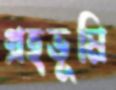
গ্রহভূমি